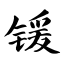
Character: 锾